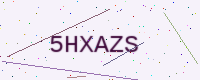
Text: 5HXAZS